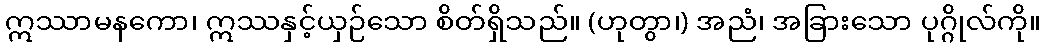
ဣဿာမနကော၊ ဣဿနှင့်ယှဉ်သော စိတ်ရှိသည်။ (ဟုတွာ၊) အညံ၊ အခြားသော ပုဂ္ဂိုလ်ကို။